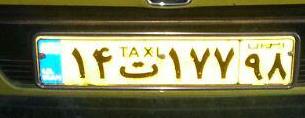
۱۴ت۱۷۷۹۸